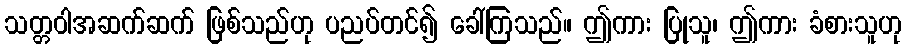
သတ္တဝါအဆက်ဆက် ဖြစ်သည်ဟု ပညပ်တင်၍ ခေါ်ကြသည်။ ဤကား ပြုသူ၊ ဤကား ခံစားသူဟု